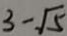
3 - \sqrt { 5 }